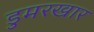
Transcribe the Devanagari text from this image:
डुमरखार